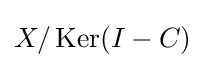
{\textstyle X/\operatorname {Ker} (I-C)}